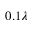
0 . 1 \lambda